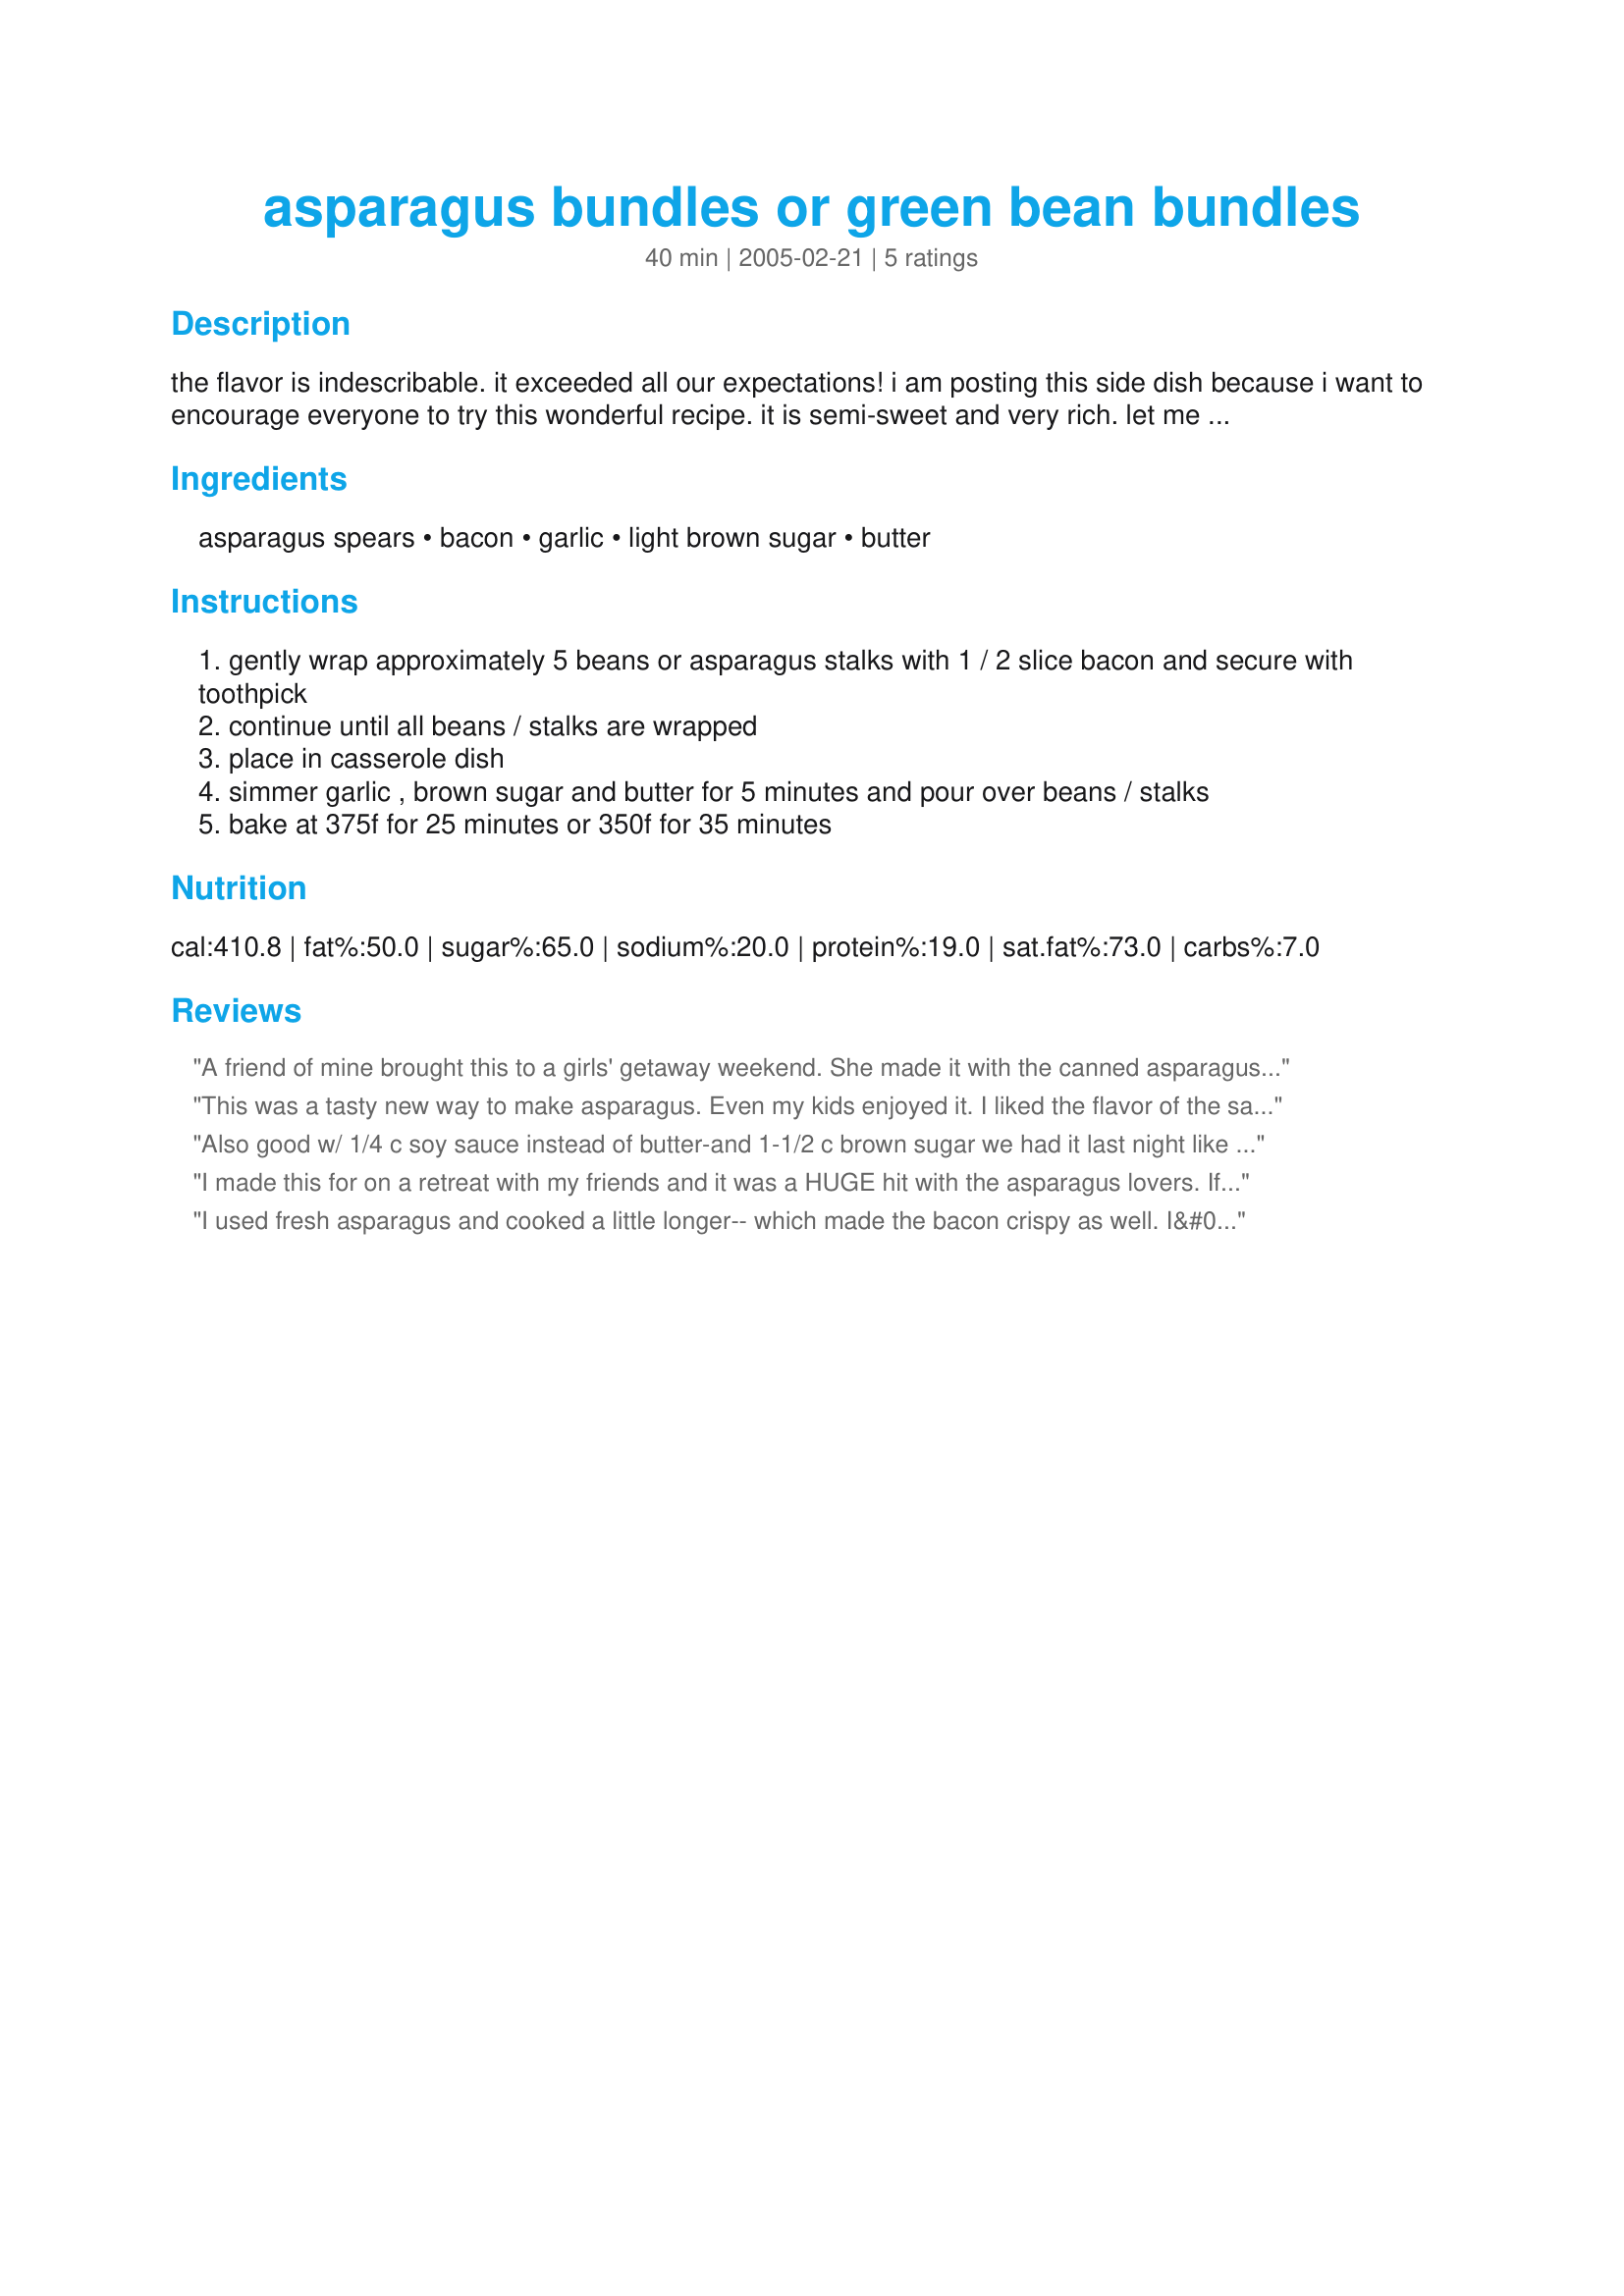
asparagus bundles or green bean bundles
Preparation time: 40 minutes

the flavor is indescribable. it exceeded all our expectations! i am posting this side dish because i want to encourage everyone to try this wonderful recipe. it is semi-sweet and very rich. let me know what you think! don't remember where i found it, but it's a staple at thanksgiving, christmas, and throughout the year. *the recipe calls for green beans, but i have only made it with asparagus.

Ingredients:
asparagus spears, bacon, garlic, light brown sugar, butter

Steps:
gently wrap approximately 5 beans or asparagus stalks with 1 / 2 slice bacon and secure with toothpick
continue until all beans / stalks are wrapped
place in casserole dish
simmer garlic , brown sugar and butter for 5 minutes and pour over beans / stalks
bake at 375f for 25 minutes or 350f for 35 minutes

Reviews:
A friend of mine brought this to a girls' getaway weekend. She made it with the canned asparagus. It was SO good! I don't even like asparagus and I couldn't get enough of it.
This was a tasty new way to make asparagus. Even my kids enjoyed it. I liked the flavor of the sauce, however I did need to broil it for a few minutes to finish cooking the bacon. I used fresh asparagus and cooked it a few minutes longer than suggested and they were perfectly cooked,not too soft or too crunchy. Thank=you for a tasty treat.
Also good w/ 1/4 c soy sauce instead of butter-and 1-1/2 c brown sugar we had it last night like that and it was FANTASTIC!! I will try this way also !!
I made this for on a retreat with my friends and it was a HUGE hit with the asparagus lovers. If you like asparagus, you should definately try this recipe. It's very easy to make.
I used fresh asparagus and cooked a little longer-- which made the bacon crispy as well. I&#039;ll cut back to 1/4 cup butter next time. Tastes great! The asparagus tips were crunchy and carmalized.
